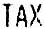
TAX